Civil Veterinary Dept. Bombay admin report 1932-41 - 1932-1941
Year: 1932
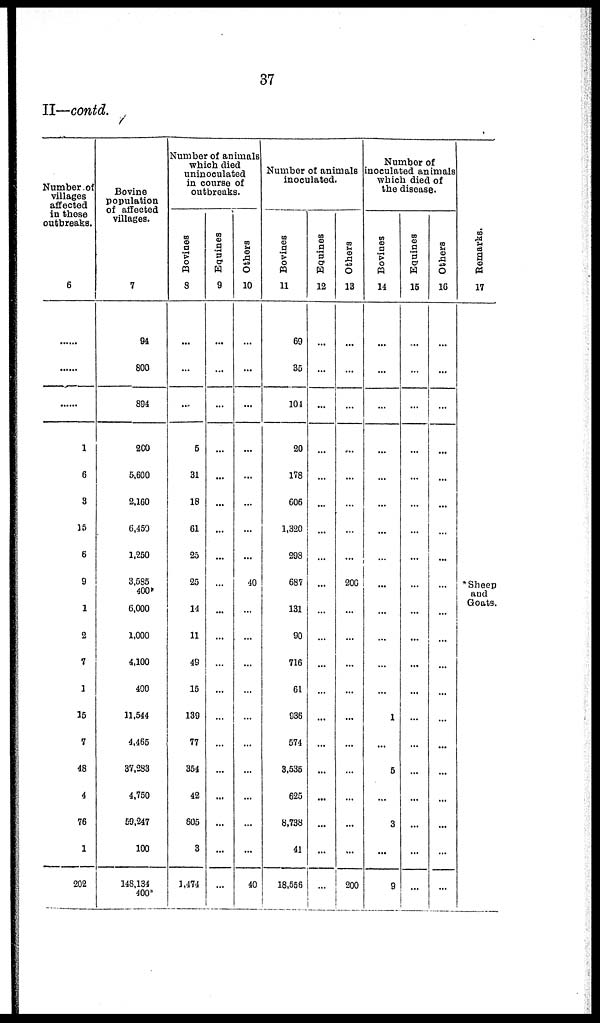
37
II—contd.
Number of
villages
affected
in these
outbreaks.
6
......
......
......
1
6
3
15
6
9
1
2
7
1
15
7
48
4
76
1
202
Bovine
population
of affected
villages.
7
94
800
894
200
5,600
2,160
6,450
1,250
3,585
400*
6,000
1,000
4,100
400
11,544
4,465
37,283
4,750
59,247
100
148,134
400*
Number of animals
which died
uninoculated
in course of
outbreaks.
Bovines
8
...
...
...
5
31
18
61
25
25
14
11
49
15
139
77
354
42
605
3
1,474
Equines
9
...
...
...
...
...
...
...
...
...
...
...
...
...
...
...
...
...
...
...
...
...
Others
10
...
...
...
...
...
...
...
...
40
...
...
...
...
...
...
...
...
...
...
40
Number of animals
inoculated.
Bovines
11
69
35
104
20
178
606
1,320
298
687
131
90
716
61
936
574
3,535
625
8,738
41
18,556
Equines
12
...
...
...
...
...
...
...
...
...
...
...
...
...
...
...
...
...
...
...
...
Others
13
...
...
...
...
...
...
...
...
200
...
...
...
...
...
...
...
...
...
...
200
Number of
inoculated animals
which died of
the disease.
Bovines
14
...
...
...
...
...
...
...
...
...
...
...
...
...
1
...
5
...
3
...
9
Equines
15
...
...
...
...
...
...
...
...
...
...
...
...
...
...
...
...
...
...
..
...
Others
16
...
...
...
...
...
...
...
...
...
...
...
...
...
...
...
...
...
...
...
...
Remarks.
17
*Sheep
and
Goats.